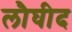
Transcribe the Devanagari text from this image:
लौघीद